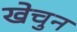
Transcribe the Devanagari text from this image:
खेचुन